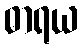
ဓာရယ